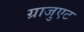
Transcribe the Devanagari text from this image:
ग्राजुएट